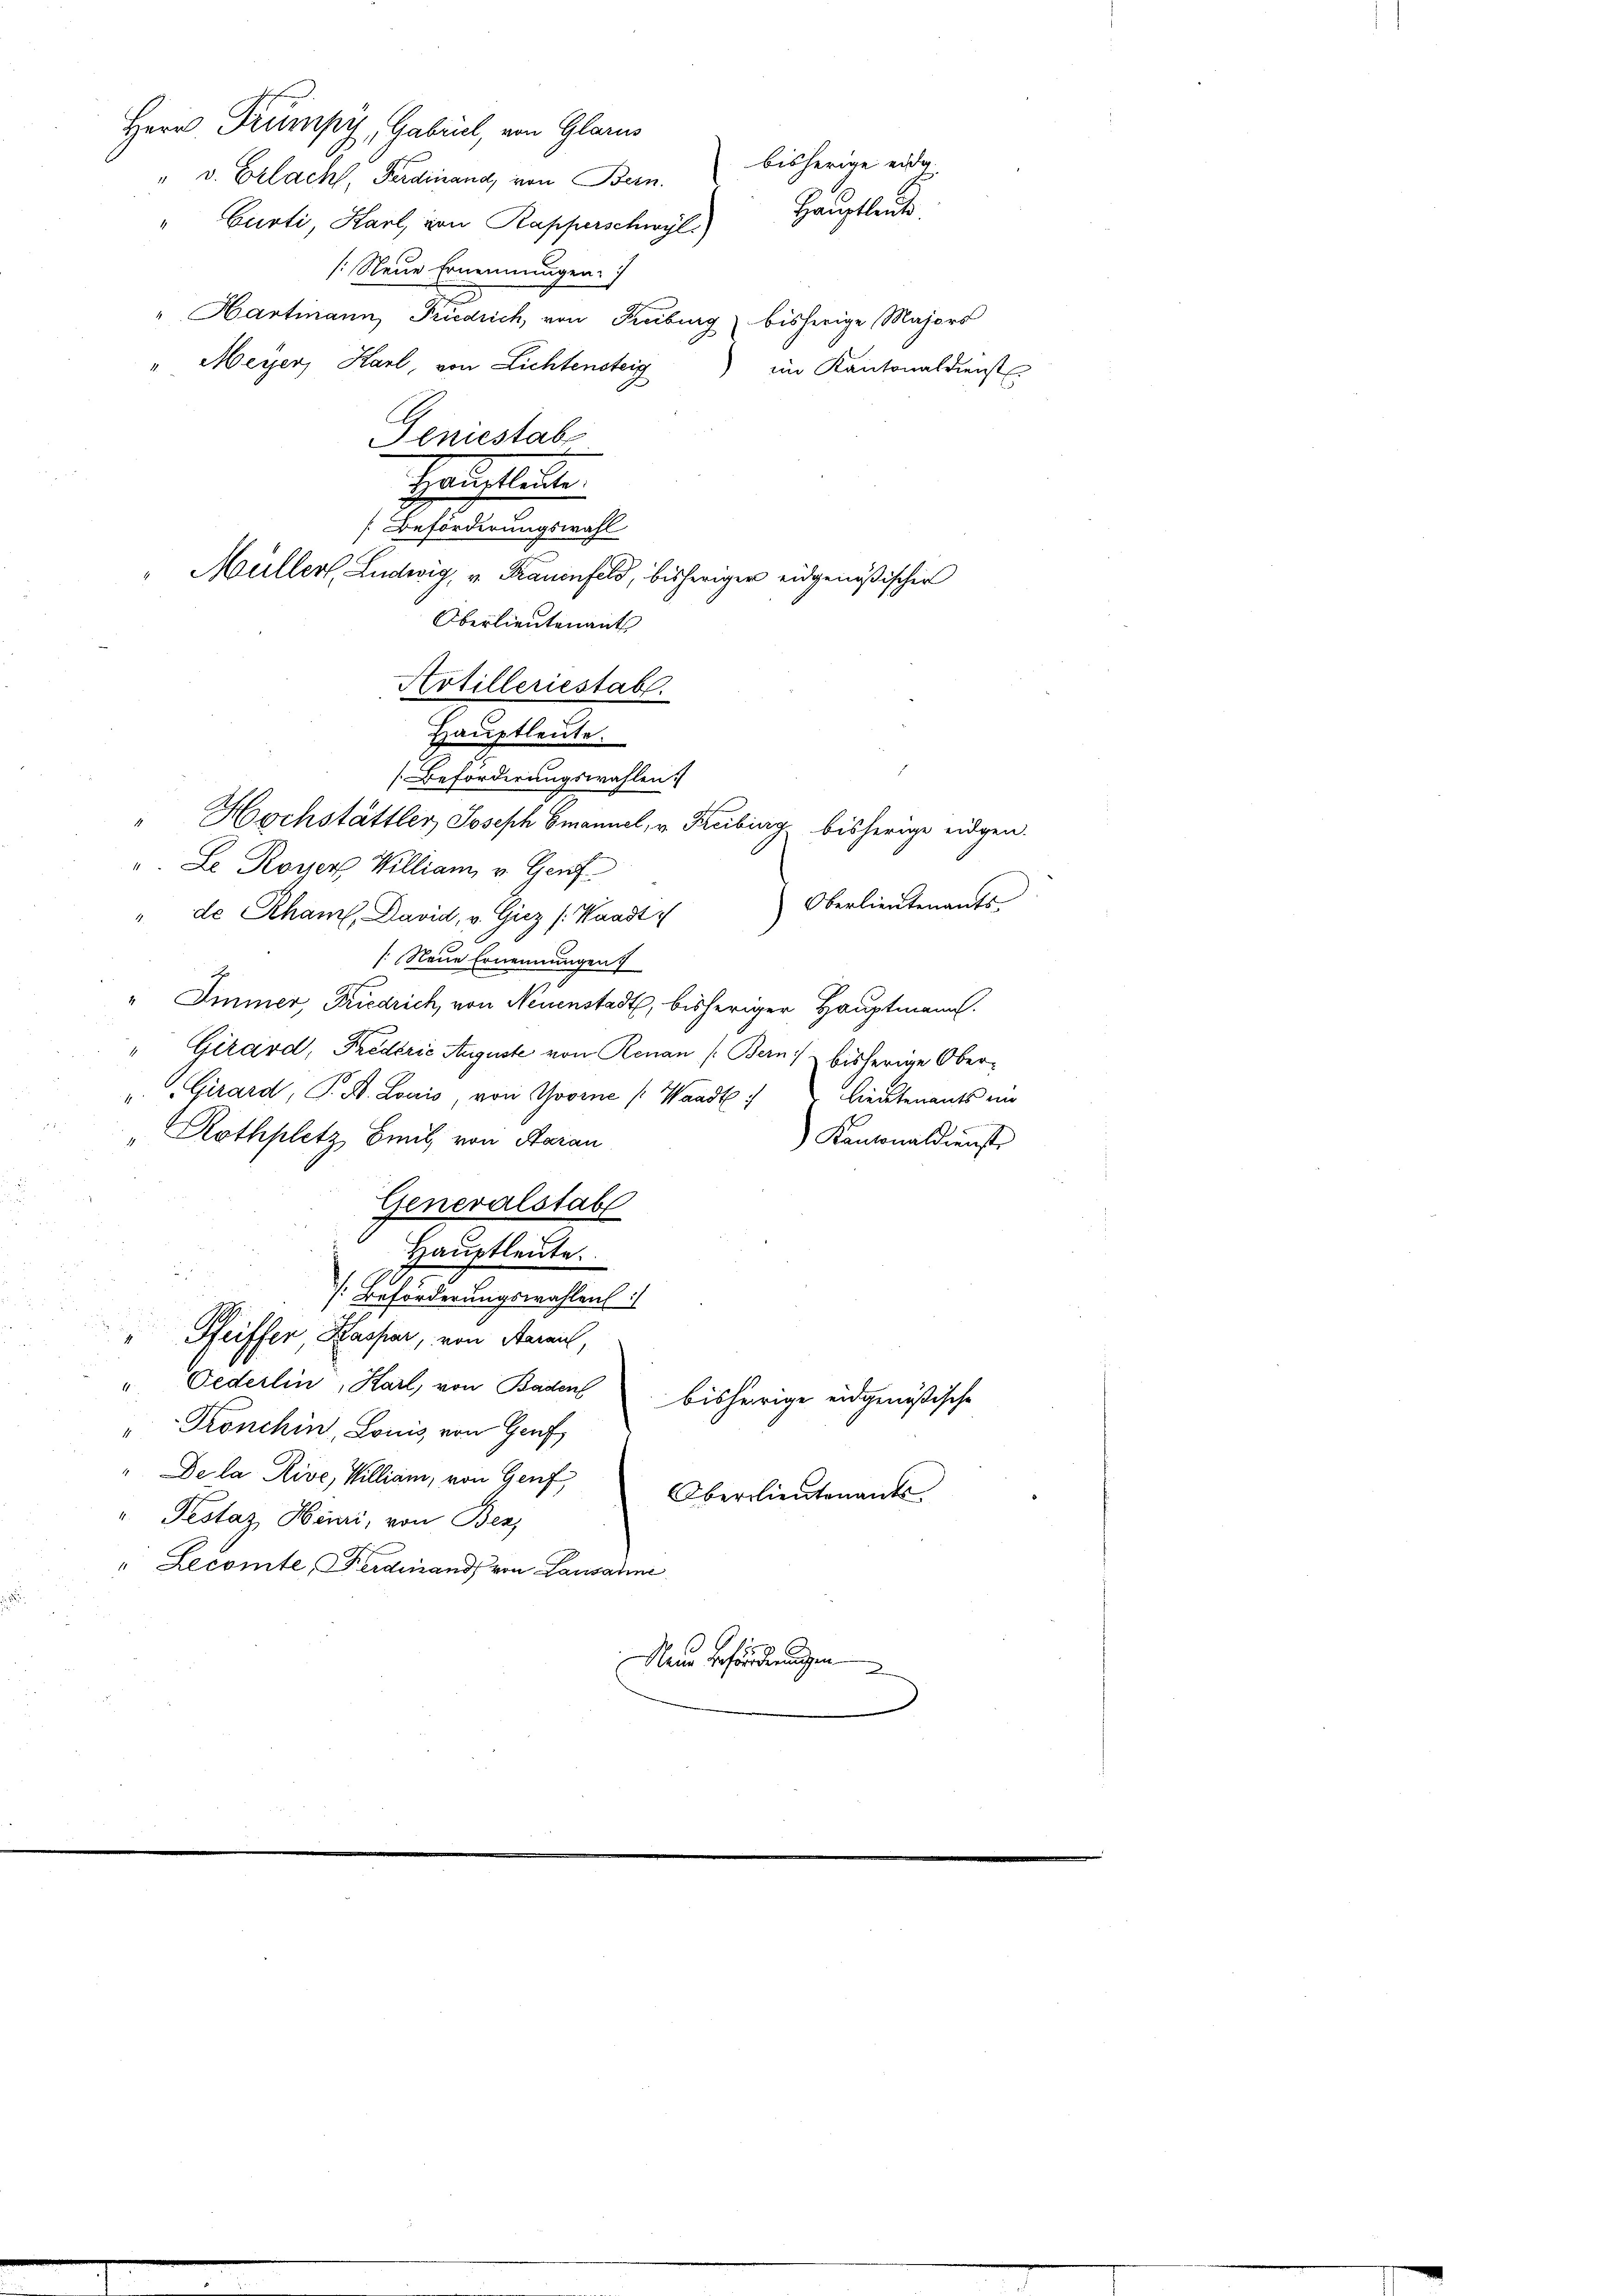
Herr Trumpy, Gabril, von Glarus
" v. Erlacht, Ferdinand, von Bern. bisherige eidg.
Curti, Karl, von Rapperschwyl.
(Neue Ernennungen.
" Hartmann, Friedrich, von Freiburg bisherige Majors
" Meyer, Karl, von Lichtensteig
im Kantonaldienst
Geniestab
Hauptleute.
 Beförderungswahl
Müller, Ludwig, u. Frauenfels, bisheriger eidgenößischen
" Hochstättler Joseph Emanuel, v. Freibung bisherige eidgen.
". Le Rover William v. Genf
Oberlieutenants-
" de Rham, David, v. Giez /:Kaadt
(Neue Ernennungen
"Immer, Friedrich, von Neuenstadt, bisheriger Hauptmann.
" Girard, Frederie Auguste von Renau (Bern bisherige Ober¬
". Girard, P. R. Louis, von Govene Waadt lieutenants ein
Rothplatz mit, von Saran
Kantonaldienste
Generalstab
Haŭptleute.
[: Beförderungswahlen:
Pfeiffer, Kaspar, von Aarau,
" Federlin, Karl, von Badens
bisherige eidgenößische
"Trönchin, Louis von Genf
" De la Rive, William, von Genf
Oberlieutenants.
" Pestaz Heuri, von Bez
" Lecomte, Ferdinand von Lausanne
Nein Beförderungen

Oberlieutenant
Artilleriestab.
Hauptleute.
Beförderungswahlen.

Hauptleute